Vaccination United Provinces of Agra and Oudh 1914-1922 - 1914-1922
Year: 1914
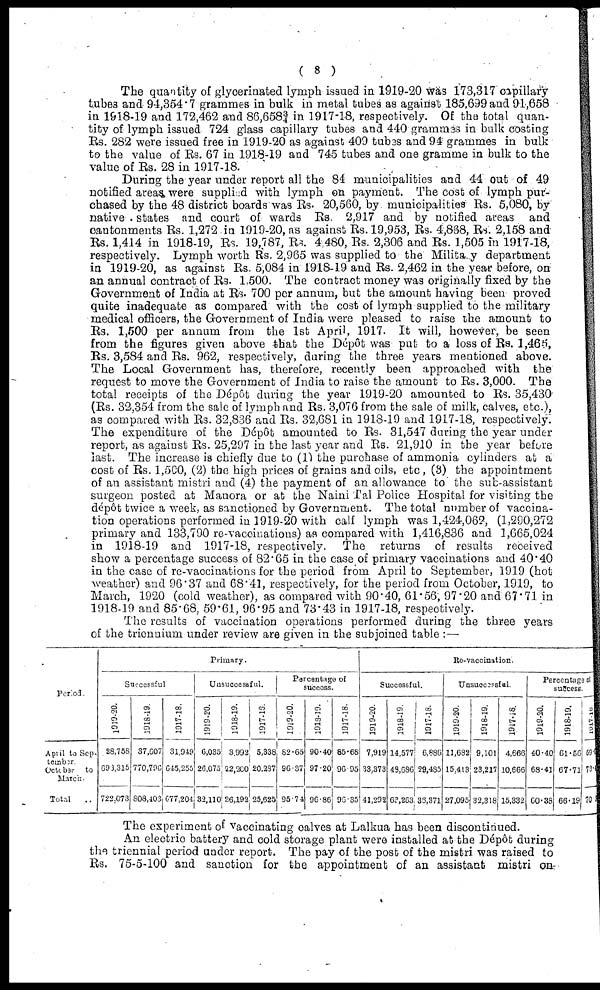
( 8 )
The quantity of glycerinated lymph issued in 1919-20 was 173,317 capillary
tubes and 94,354.7 grammes in bulk in metal tubes as against 185,699 and 91,658
in 1918-19 and 172,462 and 86,658¾ in 1917-18, respectively. Of the total quan-
tity of lymph issued 724 glass capillary tubes and 440 grammes in bulk costing
Rs. 282 were issued free in 1919-20 as against 409 tubes and 94 grammes in bulk
to the value of Rs. 67 in 1918-19 and 745 tubes and one gramme in bulk to the
value of Rs. 28 in 1917-18.
During the year under report all the 84 municipalities and 44 out of 49
notified areas were supplied with lymph on payment. The cost of lymph pur-
chased by the 48 district boards was Rs. 20,560, by municipalities Rs. 5,080, by
native . states and court of wards Rs. 2,917 and by notified areas and
cantonments Rs. 1,272 in 1919-20, as against Rs. 19,953, Rs. 4,868, Rs. 2,158 and
Rs. 1,414 in 1918-19, Rs. 19,787, Rs. 4 480, Rs. 2,306 and Rs. 1,505 in 1917-18,
respectively. Lymph worth Rs. 2,965 was supplied to the Military department
in 1919-20, as against Rs. 5,084 in 1918-19 and Rs. 2,462 in the year before, on
an annual contract of Rs. 1,500. The contract money was originally fixed by the
Government of India at Rs. 700 per annum, but the amount having been proved
quite inadequate as compared with the cost of lymph supplied to the military
medical officers, the Government of India were pleased to raise the amount to
Rs. 1,500 per annum from the 1st April, 1917. It will, however, be seen
from the figure3 given above that the Dépôt was put to a loss of Rs. 1,465,
Rs. 3,584 and Rs. 962, respectively, during the three years mentioned above.
The Local Government has, therefore, recently been approached with the
request to move the Government of India to raise the amount to Rs. 3,000. The
total receipts of the Dépôt during the year 1919-20 amounted to Rs. 35,430
(Rs. 32,354 from the sale of lymph and Rs. 3,076 from the sale of milk, calves, etc.),
as compared with Rs. 32,836 and Rs. 32,681 in 1918-19 and 1917-18, respectively.
The expenditure of the Dépôt amounted to Rs. 31,547 during the year under
report, as against Rs. 25,297 in the last year and Rs. 21,910 in the year before
last. The increase is chiefly due to (1) the purchase of ammonia cylinders at a
cost of Rs. 1,500, (2) the high prices of grains and oils, etc, (3) the appointment
of an assistant mistri and (4) the payment of an allowance to the sub-assistant
surgeon posted at Manora or at the Naini Tal Police Hospital for visiting the
dépôt twice a week, as sanctioned by Government. The total number of vaccina-
tion operations performed in 1919-20 with calf lymph was 1,424,069, (1,290,272
primary and 133,790 re-vaccinations) as compared with 1,416,836 and 1,665,024
in 1918-19 and 1917-18, respectively. The returns of results received
show a percentage success of 82.65 in the case of primary vaccinations and 40.40
in the case of re-vaccinations for the period from April to September, 1919 (hot
weather) and 96.37 and 68.41, respectively, for the period from October, 1919, to
March, 1920 (cold weather), as compared with 90.40, 61.56, 97.20 and 67.71 in
1918-19 and 85.68, 59.61, 96.95 and 73.43 in 1917-18, respectively.
The results of vaccination operations performed during the three years
of the triennium under review are given in the subjoined table :—
Period.
April to Sep-
tember
October
to
March.
Total ..
Primary.
Successful
1919-20.
28,756
693,315
722,073
1918-19.
37,007
770,796
808,403
1917-18.
31,949
645,255
677,204
Unsuccessful.
1919-20.
6,035
26,075
32,110
1918-19.
3,992
22,200
26,192
1917-18.
5,338
20,287
25,625
Percentage of
success.
1919-20.
82.65
96.37
95.74
1918-19.
90.40
97.20
96.86
1917-18.
85.68
96.95
96.35
Re-vaccination.
Successful.
1919-20.
7,919
33,373
41,292
1918-19
14,577
48,686
63,263
1917-18.
6,886
29,485
36,371
Unsuccessful.
1919-20.
11,682
15,413
27,095
1918-19.
9,101
23,217
32,318
1917-18.
4,666
10,666
15,332
Percentage of
success.
1919-20.
40.40
68.41
60.38
1918-19.
61.56
67.71
66.19
1917-18.
59.6
73.4
70.3
The experiment of vaccinating calves at Lalkua has been discontinued.
An electric battery and cold storage plant were installed at the Dépôt during
the triennial period under report. The pay of the post of the mistri was raised to
Rs. 75-5-100 and sanction for the appointment of an assistant mistri on-